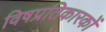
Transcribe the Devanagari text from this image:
विषप्रतिकारकों